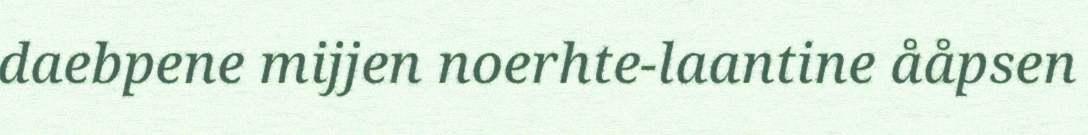
daebpene mijjen noerhte-laantine ååpsen